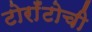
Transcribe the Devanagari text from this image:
टोराँटोची